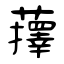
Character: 蘀